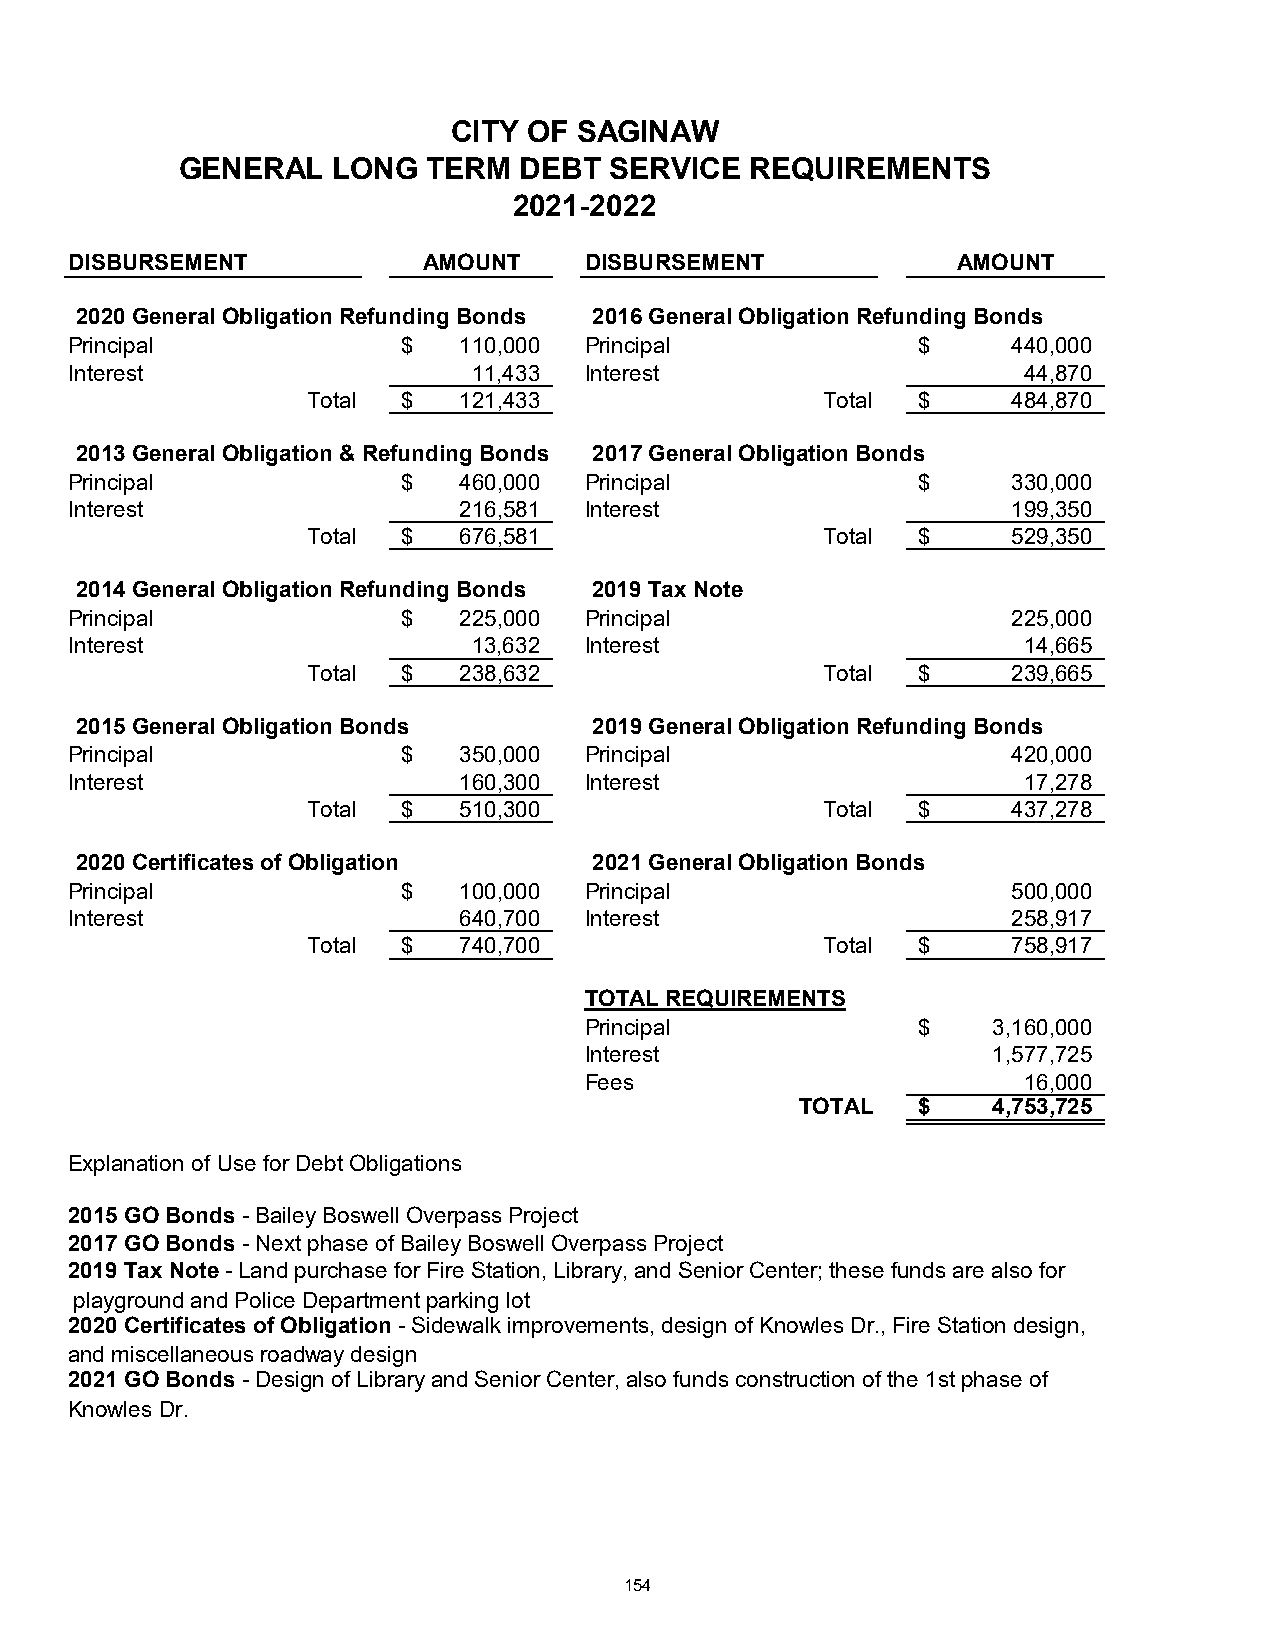
CITY OF SAGINAW
 GENERAL   LONG  TERM  DEBT  SERVICE   REQUIREMENTS
 2021-2022
 DISBURSEMENT           AMOUNT     DISBURSEMENT            AMOUNT
 2020 General Obligation Refunding Bonds 2016 General Obligation Refunding Bonds
 Principal             $  110,000  Principal             $     4 40,000
 Interest                  11,433  Interest                     4 4,870
 Total  $  121,433                  Total $     4 84,870
 2013 General Obligation & Refunding Bonds 2017 General Obligation Bonds
 Principal             $  460,000  Principal             $     3 30,000
 Interest                 216,581  Interest                    1 99,350
 Total  $  676,581                  Total $     5 29,350
 2014 General Obligation Refunding Bonds 2019 Tax Note
 Principal             $  225,000  Principal                   2 25,000
 Interest                  13,632  Interest                     1 4,665
 Total  $  238,632                  Total $     2 39,665
 2015 General Obligation Bonds     2019 General Obligation Refunding Bonds
 Principal             $  350,000  Principal                   4 20,000
 Interest                 160,300  Interest                     1 7,278
 Total  $  510,300                  Total $     4 37,278
 2020 Certificates of Obligation   2021 General Obligation Bonds
 Principal             $  100,000  Principal                   5 00,000
 Interest                 640,700  Interest                    2 58,917
 Total  $  740,700                  Total $     7 58,917
 TOTAL REQUIREMENTS
 Principal             $    3 ,160,000
 Interest                   1 ,577,725
 Fees                         1 6,000
 TOTAL   $    4 ,753,725
 Explanation of Use for Debt Obligations
 2015 GO Bonds - Bailey Boswell Overpass Project
 2017 GO Bonds - Next phase of Bailey Boswell Overpass Project
 2019 Tax Note - Land purchase for Fire Station, Library, and Senior Center; these funds are also for
 playground and Police Department parking lot
 2020 Certificates of Obligation - Sidewalk improvements, design of Knowles Dr., Fire Station design,
 and miscellaneous roadway design
 2021 GO Bonds - Design of Library and Senior Center, also funds construction of the 1st phase of
 Knowles Dr.
 154